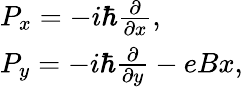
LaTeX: \begin{array}{l}{P_{x}=-i\hbar\frac{\partial}{\partial x},}\\ {P_{y}=-i\hbar\frac{\partial}{\partial y}-eBx,}\end{array}